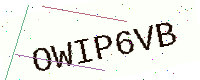
Text: OWIP6VB